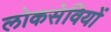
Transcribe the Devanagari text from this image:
लोकसेवियों